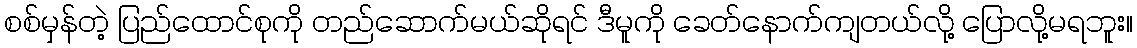
စစ်မှန်တဲ့ ပြည်ထောင်စုကို တည်ဆောက်မယ်ဆိုရင် ဒီမူကို ခေတ်နောက်ကျတယ်လို့ ပြောလို့မရဘူး။